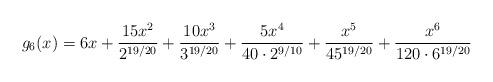
LaTeX: \begin{align*}g_6(x)=6x+\frac{15 x^2}{2^{19/20}}+\frac{10 x^3}{3^{19/20}}+\frac{5x^4}{40 \cdot 2^{9/10}}+\frac{x^5}{4 5^{19/20}}+\frac{x^6}{120 \cdot 6^{19/20}}\end{align*}